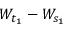
W _ { t _ { 1 } } - W _ { s _ { 1 } }